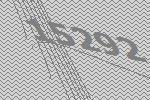
15292